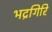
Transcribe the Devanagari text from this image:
भद्रगिरि